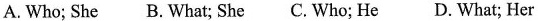
A.Who; She B. What; She C. Who; He D. What; Her